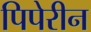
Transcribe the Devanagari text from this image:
पिपेरीन